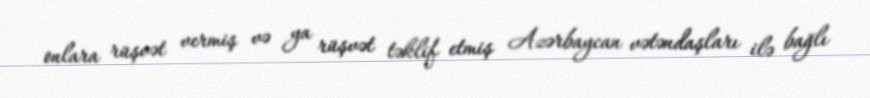
onlara rüşvət vermiş və ya rüşvət təklif etmiş Azərbaycan vətəndaşları ilə bağlı